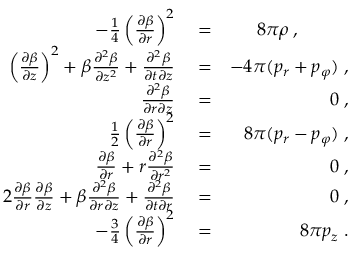
\begin{array} { r l r } { - \frac { 1 } { 4 } \left( \frac { \partial \beta } { \partial r } \right) ^ { 2 } } & { { } = } & { 8 \pi \rho \; , \; \; \; \; \; \; \; \; \; \; } \\ { \left( \frac { \partial \beta } { \partial z } \right) ^ { 2 } + \beta \frac { \partial ^ { 2 } \beta } { \partial z ^ { 2 } } + \frac { \partial ^ { 2 } \beta } { \partial t \partial z } } & { { } = } & { - 4 \pi ( p _ { r } + p _ { \varphi } ) \; , } \\ { \frac { \partial ^ { 2 } \beta } { \partial r \partial z } } & { { } = } & { 0 \; , } \\ { \frac { 1 } { 2 } \left( \frac { \partial \beta } { \partial r } \right) ^ { 2 } } & { { } = } & { 8 \pi ( p _ { r } - p _ { \varphi } ) \; , } \\ { \frac { \partial \beta } { \partial r } + r \frac { \partial ^ { 2 } \beta } { \partial r ^ { 2 } } } & { { } = } & { 0 \; , } \\ { 2 \frac { \partial \beta } { \partial r } \frac { \partial \beta } { \partial z } + \beta \frac { \partial ^ { 2 } \beta } { \partial r \partial z } + \frac { \partial ^ { 2 } \beta } { \partial t \partial r } } & { { } = } & { 0 \; , } \\ { - \frac { 3 } { 4 } \left( \frac { \partial \beta } { \partial r } \right) ^ { 2 } } & { { } = } & { 8 \pi p _ { z } \; . } \end{array}